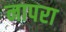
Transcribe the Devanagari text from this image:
नापरा